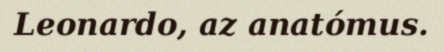
Leonardo, az anatómus.